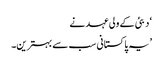
‘ دبئی کے ولی عہد نے
’یہ پاکستانی سب سے بہترین۔